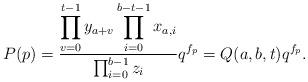
LaTeX: \begin{align*} P(p) = \frac{\displaystyle \prod_{v = 0}^{t-1} y_{a+v} \prod_{i = 0}^{b-t-1} x_{a,i} }{\prod_{i=0}^{b-1}z_i}q^{f_p} = Q(a,b,t) q^{f_p}.\end{align*}